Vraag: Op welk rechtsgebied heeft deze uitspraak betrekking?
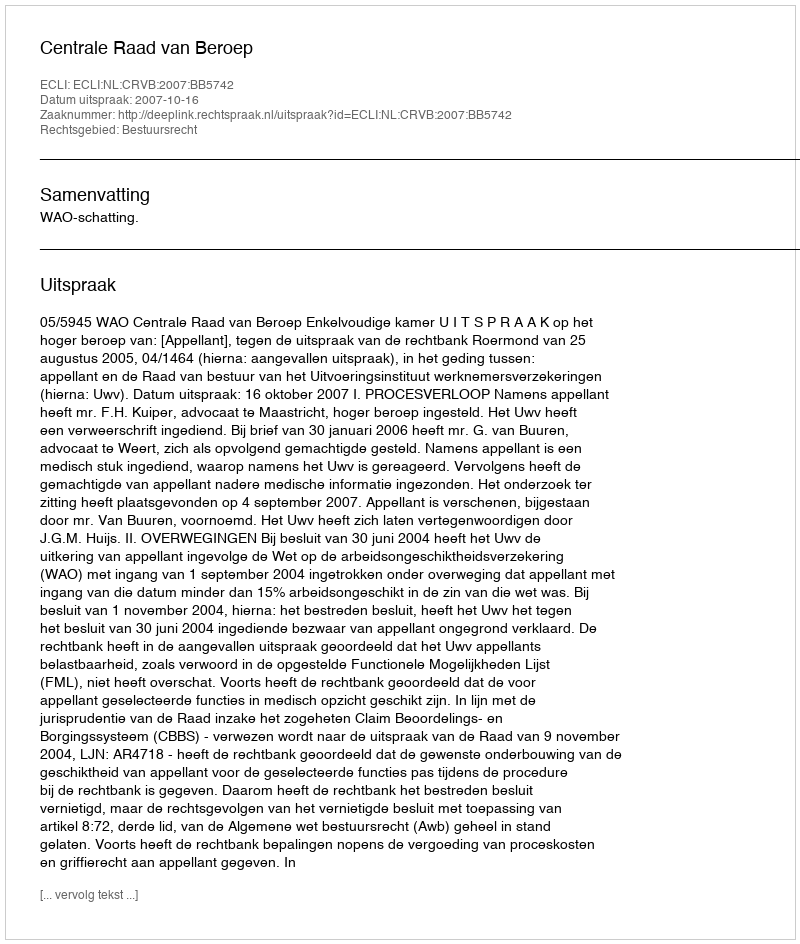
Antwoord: Bestuursrecht